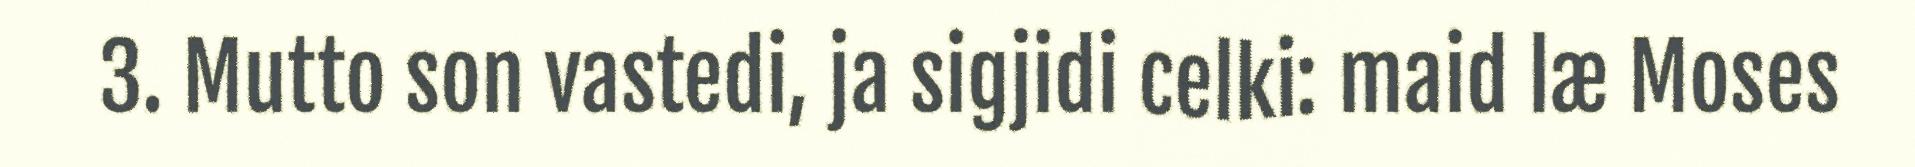
3. Mutto son vastedi, ja sigjidi celki: maid læ Moses